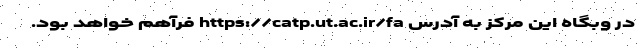
در وبگاه این مرکز به آدرس https://catp.ut.ac.ir/fa فرآهم خواهد بود.